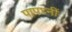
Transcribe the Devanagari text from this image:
पापघ्नीं